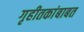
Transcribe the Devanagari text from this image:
गृहीतकांबाबत